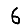
Digit: 6